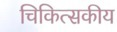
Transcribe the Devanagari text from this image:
चिकित्‍सकीय